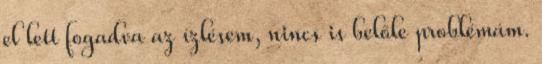
el lett fogadva az ízlésem, nincs is belőle problémám.